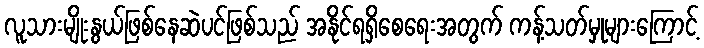
လူသားမျိုးနွယ်ဖြစ်နေဆဲပင်ဖြစ်သည် အနိုင်ရရှိစေရေးအတွက် ကန့်သတ်မှုများကြောင့်